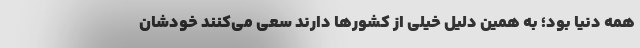
همه دنیا بود؛ به همین دلیل خیلی از کشورها دارند سعی می‌کنند خودشان